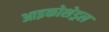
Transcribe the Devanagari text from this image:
आइकोशेड्रल